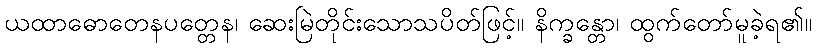
ယထာဓောတေနပတ္တေန၊ ဆေးမြဲတိုင်းသောသပိတ်ဖြင့်။ နိက္ခန္တော၊ ထွက်တော်မူခဲ့ရ၏။